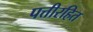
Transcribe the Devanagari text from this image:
पत्तीरहित